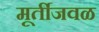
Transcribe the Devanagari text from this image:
मूर्तीजवळ